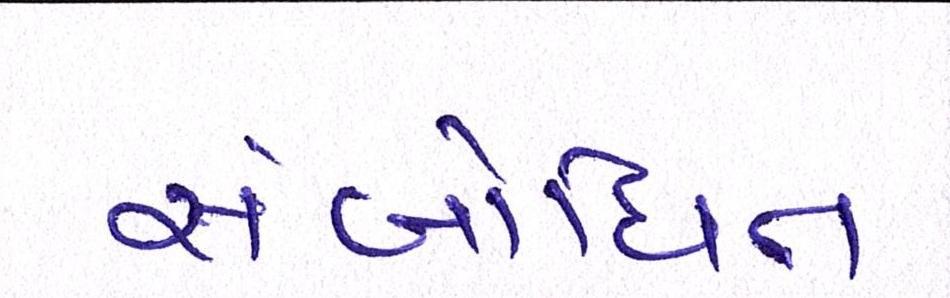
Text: સંબોધિત